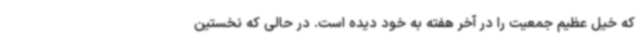
که خیل عظیم جمعیت را در آخر هفته به خود دیده است. در حالی که نخستین